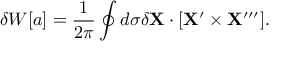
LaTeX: \delta W [ a ] = \frac { 1 } { 2 \pi } \oint d \sigma \delta { \bf X } \cdot [ { \bf X } ^ { \prime } \times { \bf X } ^ { \prime \prime \prime } ] .